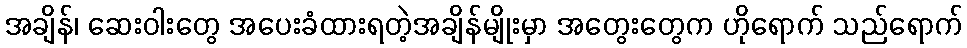
အချိန်၊ ဆေးဝါးတွေ အပေးခံထားရတဲ့အချိန်မျိုးမှာ အတွေးတွေက ဟိုရောက် သည်ရောက်